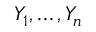
Y _ { 1 } , \ldots , Y _ { n }